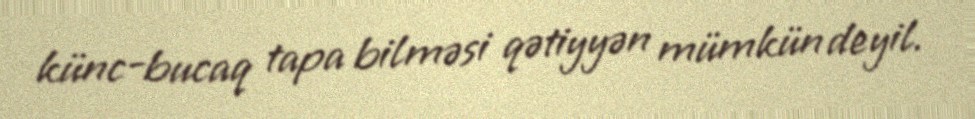
künc-bucaq tapa bilməsi qətiyyən mümkün deyil.